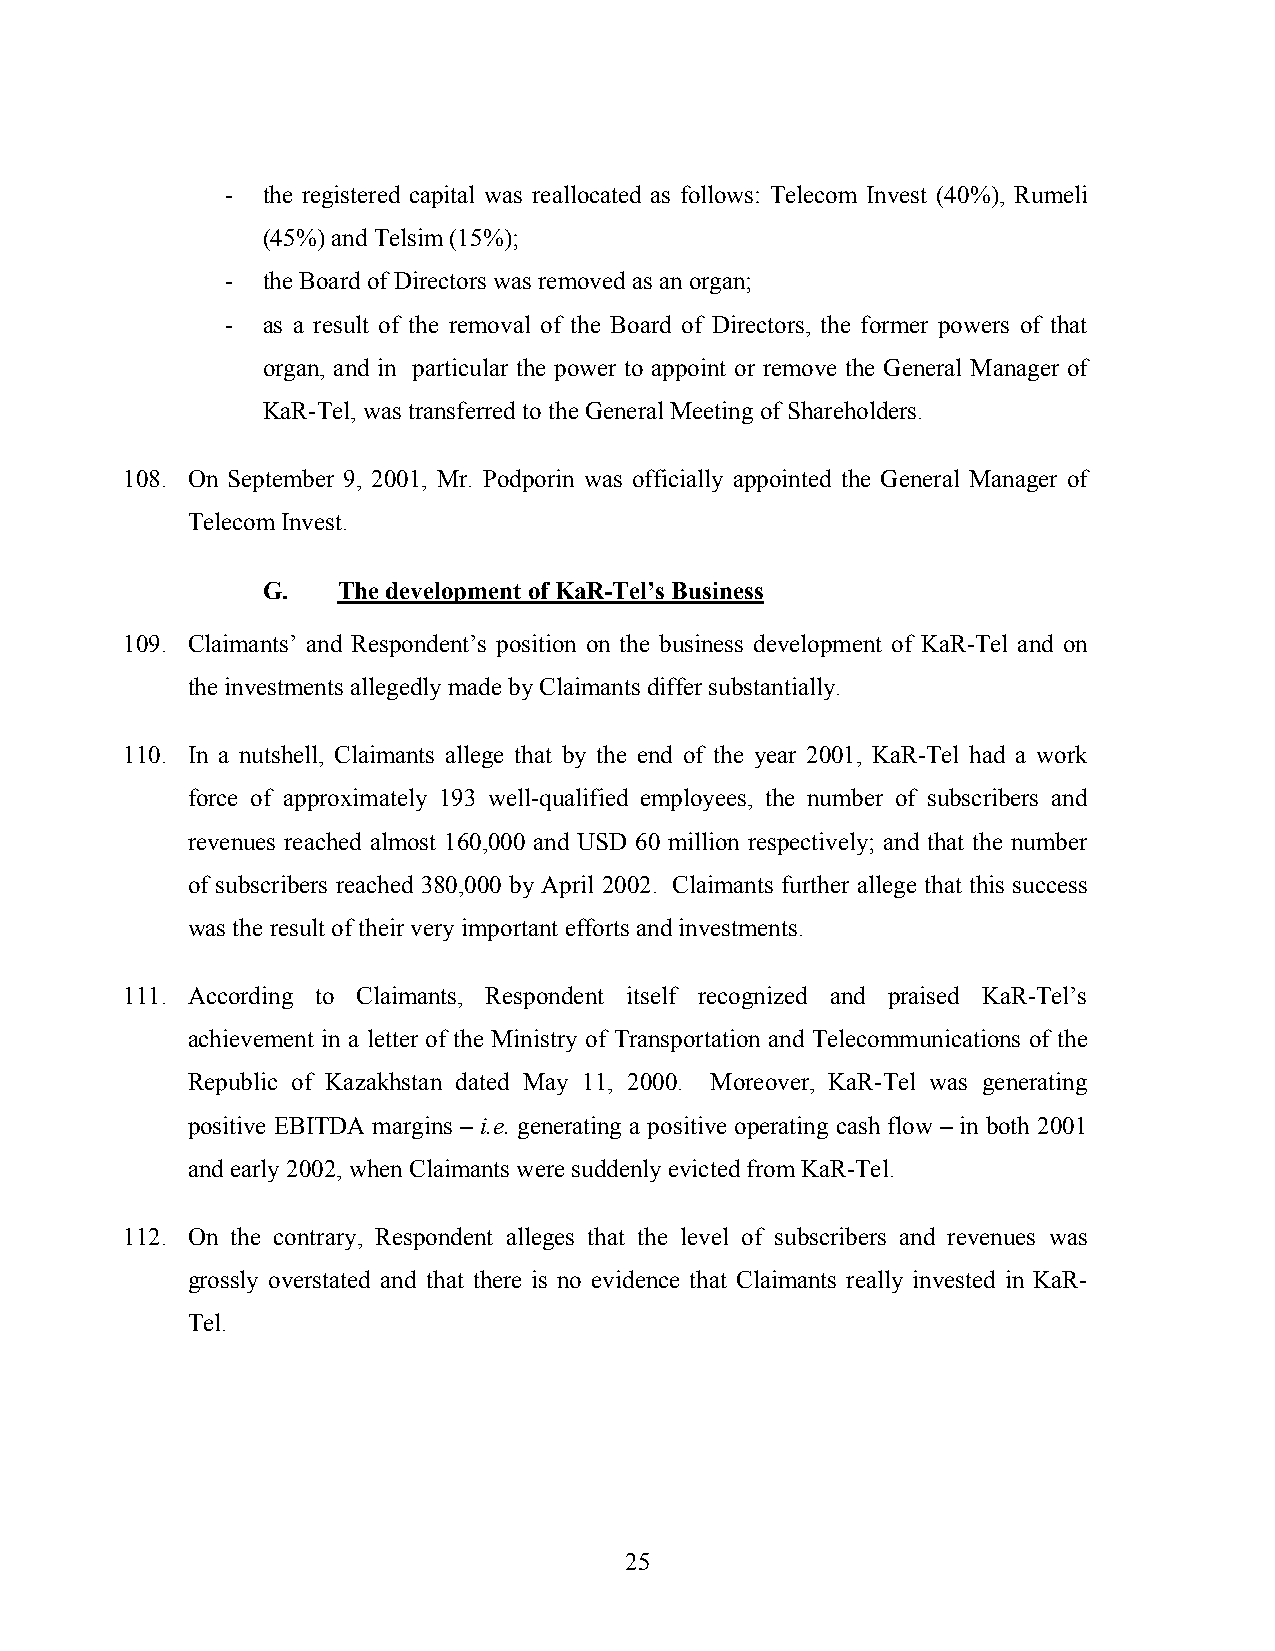
- the registered capital was reallocated as follows: Telecom Invest (40%), Rumeli
 (45%) and Telsim (15%);
 - the Board of Directors was removed as an organ;
 - as a result of the removal of the Board of Directors, the former powers of that
 organ, and in particular the power to appoint or remove the General Manager of
 KaR-Tel, was transferred to the General Meeting of Shareholders.
 108. On September 9, 2001, Mr. Podporin was officially appointed the General Manager of
 Telecom Invest.
 G.   The development of KaR-Tel’s Business
 109. Claimants’ and Respondent’s position on the business development of KaR-Tel and on
 the investments allegedly made by Claimants differ substantially.
 110. In a nutshell, Claimants allege that by the end of the year 2001, KaR-Tel had a work
 force of approximately 193 well-qualified employees, the number of subscribers and
 revenues reached almost 160,000 and USD 60 million respectively; and that the number
 of subscribers reached 380,000 by April 2002. Claimants further allege that this success
 was the result of their very important efforts and investments.
 111. According to Claimants, Respondent itself recognized and praised KaR-Tel’s
 achievement in a letter of the Ministry of Transportation and Telecommunications of the
 Republic of Kazakhstan dated May 11, 2000. Moreover, KaR-Tel was generating
 positive EBITDA margins – i.e. generating a positive operating cash flow – in both 2001
 and early 2002, when Claimants were suddenly evicted from KaR-Tel.
 112. On the contrary, Respondent alleges that the level of subscribers and revenues was
 grossly overstated and that there is no evidence that Claimants really invested in KaR-
 Tel.
 25